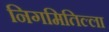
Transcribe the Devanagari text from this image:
निगमितिल्ला